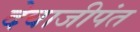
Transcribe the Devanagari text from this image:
देवाजीपंत